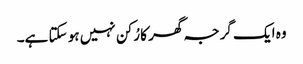
وہ ایک گرجہ گھر کا رُکن نہیں ہو سکتا ہے۔